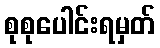
စုစုပေါင်းရမှတ်